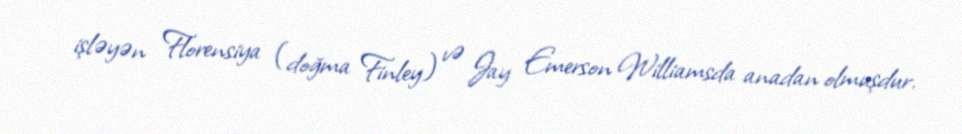
işləyən Florensiya (doğma Finley) və Jay Emerson Williamsda anadan olmuşdur.